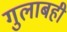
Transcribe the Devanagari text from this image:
गुलाबही